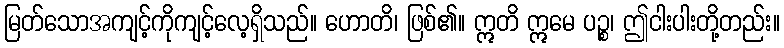
မြတ်သောအကျင့်ကိုကျင့်လေ့ရှိသည်။ ဟောတိ၊ ဖြစ်၏။ ဣတိ ဣမေ ပဉ္စ၊ ဤငါးပါးတို့တည်း။